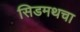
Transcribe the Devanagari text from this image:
सिडमथचा